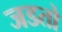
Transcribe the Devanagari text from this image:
जडतो